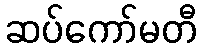
ဆပ်ကော်မတီ